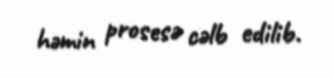
həmin prosesə cəlb edilib.